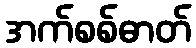
အက်စစ်ဓာတ်